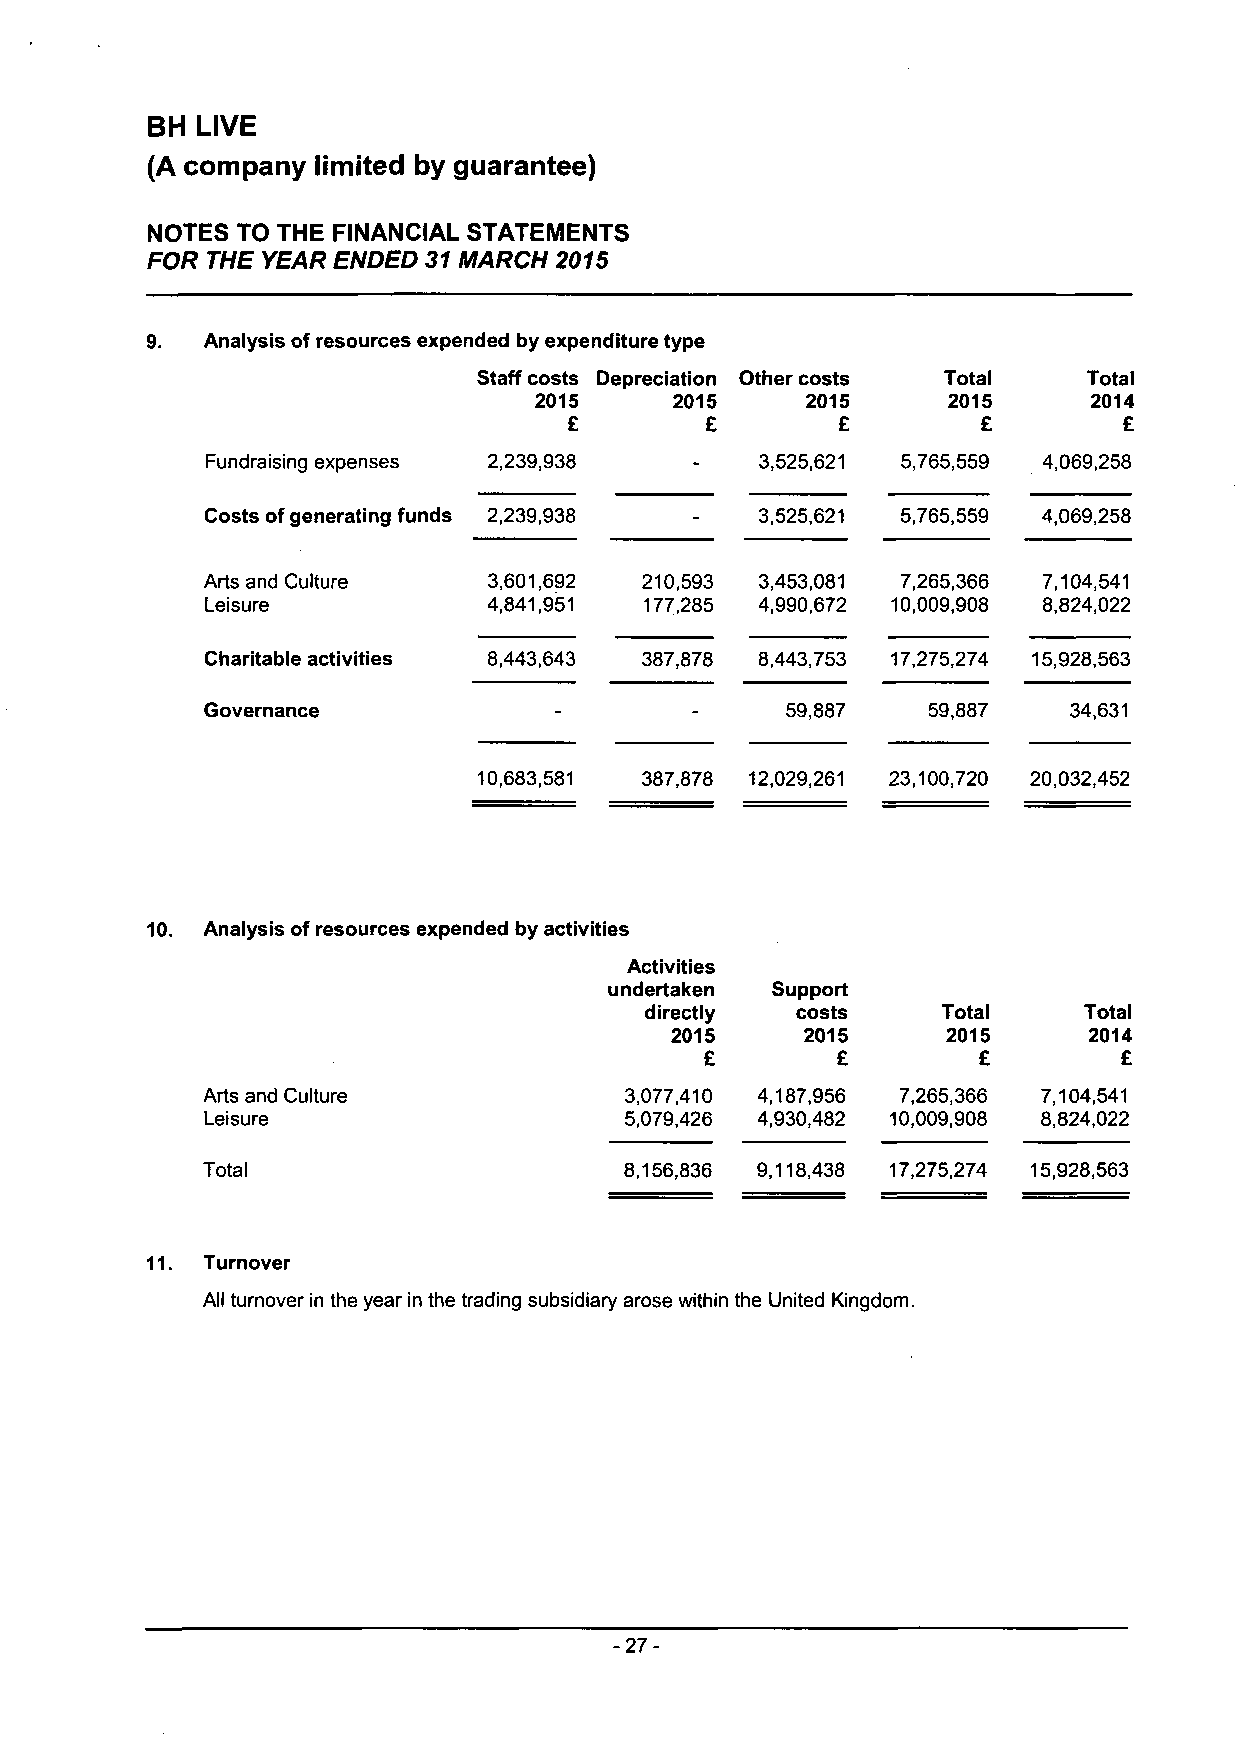
BH LIVE
 (A company limited by guarantee)
 NOTES TO THE FINANCIAL STATEMENTS
 FOR THE YEAR ENDED 31 MARCH 2015
 Analysis of resources expended by expenditure type
 Staff costs Depreciation Other costs Total Total
 2015      2015    2015      2015     2014
 £        £       £         £        £
 3,525,621          4,069,258
 Fundraising expenses 2,239,938                5,765,559
 3,525,621          4,069,258
 Costs of generating funds 2,239,938           5,765,559
 Arts and Culture  3,601,692 210,593 3,453,081 7,265,366 7,104,541
 Leisure           4,841,951  177,285 4,990,672 10,009,908 8,824,022
 Charitable activities 8,443,643 387,878 8,443,753 17,275,274 15,928,563
 Governance                            59,887   59,887    34,631
 10,683,581 387,878 12,029,261 23,100,720 20,032,452
 10. Analysis of resources expended by activities
 Activities
 undertaken Support
 directly  costs    Total     Total
 2015     2015      2015     2014
 £       £         £        £
 Arts and Culture            3,077,410 4,187,956 7,265,366 7,104,541
 Leisure                    5,079,426 4,930,482 10,009,908 8,824,022
 Total                       8,156,836 9,118,438 17,275,274 15,928,563
 11. Turnover
 All turnover in the year in the trading subsidiary arose within the United Kingdom.
 -27-